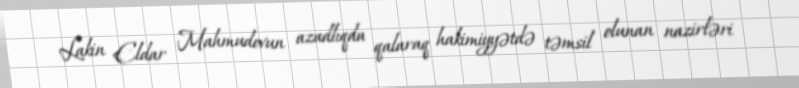
Lakin Eldar Mahmudovun azadlıqda qalaraq hakimiyyətdə təmsil olunan nazirləri